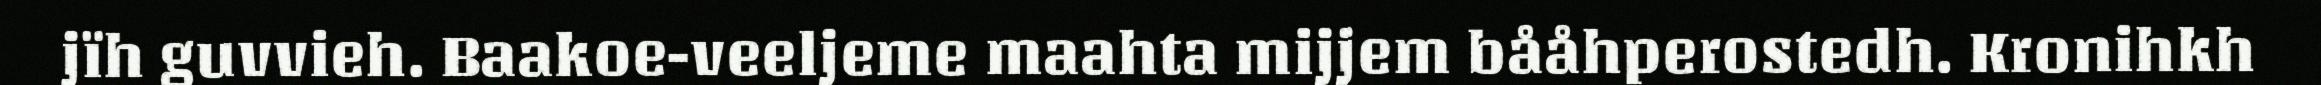
jïh guvvieh. Baakoe-veeljeme maahta mijjem bååhperostedh. Kronihkh